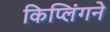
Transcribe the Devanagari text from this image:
किप्लिंगने